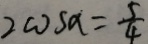
2 \cos \alpha = \frac { 5 } { 4 }